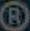
@